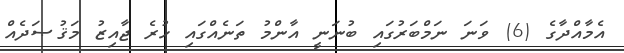
އެމާއްދާގެ (6) ވަނަ ނަމްބަރުގައި ބުނަނީ އާންމު ތަނެއްގައި ހުރެ ޖާއިޒު މަޤުޞަދެއް